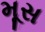
મૂસ